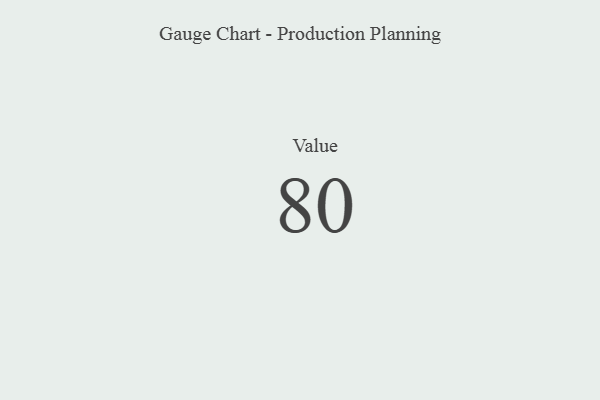
{"axis": {"x": "Metric", "y": "Value"}, "legend": [""], "data": [{"x": "Value", "y": 80, "type": ""}]}